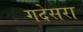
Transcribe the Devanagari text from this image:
गदेसरा